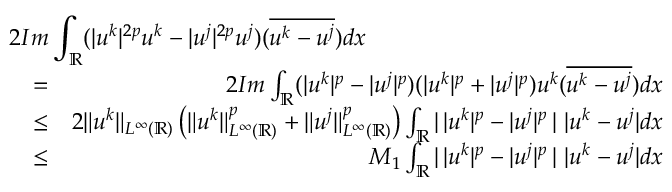
\begin{array} { r l r } { \lefteqn { 2 I m \int _ { \mathbb { R } } ( | u ^ { k } | ^ { 2 p } u ^ { k } - | u ^ { j } | ^ { 2 p } u ^ { j } ) ( \overline { { u ^ { k } - u ^ { j } } } ) d x } } \\ & { = } & { 2 I m \int _ { \mathbb { R } } ( | u ^ { k } | ^ { p } - | u ^ { j } | ^ { p } ) ( | u ^ { k } | ^ { p } + | u ^ { j } | ^ { p } ) u ^ { k } ( \overline { { u ^ { k } - u ^ { j } } } ) d x } \\ & { \leq } & { 2 \| u ^ { k } \| _ { L ^ { \infty } ( \mathbb { R } ) } \left( \| u ^ { k } \| _ { L ^ { \infty } ( \mathbb { R } ) } ^ { p } + \| u ^ { j } \| _ { L ^ { \infty } ( \mathbb { R } ) } ^ { p } \right) \int _ { \mathbb { R } } | \, | u ^ { k } | ^ { p } - | u ^ { j } | ^ { p } \, | \ | u ^ { k } - u ^ { j } | d x } \\ & { \leq } & { M _ { 1 } \int _ { \mathbb { R } } | \, | u ^ { k } | ^ { p } - | u ^ { j } | ^ { p } \, | \ | u ^ { k } - u ^ { j } | d x } \end{array}